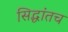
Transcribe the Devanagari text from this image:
सिद्धांतच